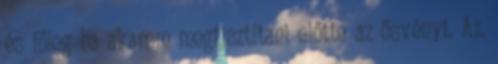
és főleg ha akarom megtisztítani előtte az ösvényt. Az,